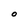
Character: O